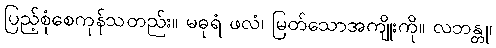
ပြည့်စုံစေကုန်သတည်း။ မဓုရံ ဖလံ၊ မြတ်သောအကျိုးကို။ လဘန္တု၊